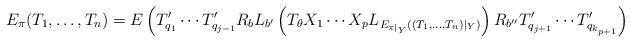
LaTeX: \begin{align*}E_\pi(T_1, \ldots, T_n) = E\left( T'_{q_1} \cdots T'_{q_{j-1}}R_{b} L_{b'} \left(T_{\theta} X_1 \cdots X_p L_{E_{\pi|_{Y}}((T_1, \ldots, T_n)|_{Y})} \right) R_{b''} T'_{q_{j+1}} \cdots T'_{q_{k_{p+1}}} \right)\end{align*}